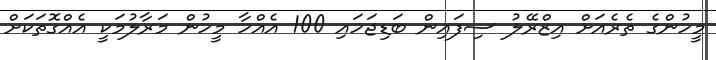
މީހުންގެ ތެރެއަށް އިޒްރޭލު ސިފައިން ބަޑިޖަހައި 100 އެއްހާ މީހުން މަރާލުމަކީ އެއްގޮތަކަަށް